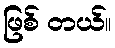
ဖြစ် တယ်။